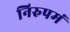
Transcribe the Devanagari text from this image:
निरुपमं